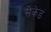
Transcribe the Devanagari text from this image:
सेकेडं